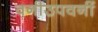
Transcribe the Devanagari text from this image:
वनीउपवनीं